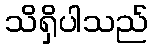
သိရှိပါသည်